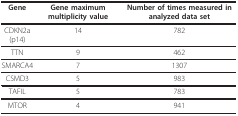
<table><thead><tr><td><b>Gene</b></td><td><b>Gene maximum multiplicity value</b></td><td><b>Number of times measured in analyzed data set</b></td></tr></thead><tbody><tr><td>CDKN2a(p14)</td><td>14</td><td>782</td></tr><tr><td>TTN</td><td>9</td><td>462</td></tr><tr><td>SMARCA4</td><td>7</td><td>1307</td></tr><tr><td>CSMD3</td><td>5</td><td>983</td></tr><tr><td>TAFIL</td><td>5</td><td>783</td></tr><tr><td>MTOR</td><td>4</td><td>941</td></tr></tbody></table>